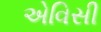
એવિસી